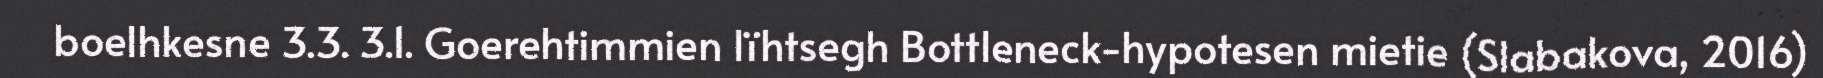
boelhkesne 3.3. 3.1. Goerehtimmien lïhtsegh Bottleneck-hypotesen mietie (Slabakova, 2016)